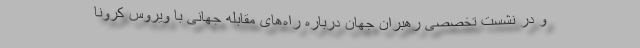
و در نشست تخصصی رهبران جهان درباره راه‌های مقابله جهانی با ویروس کرونا